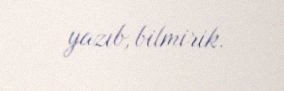
yazıb, bilmirik.